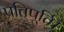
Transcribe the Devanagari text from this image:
प्रतिपूर्ति।